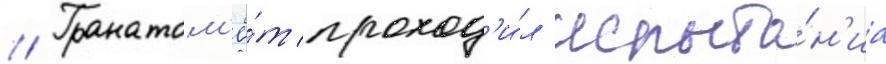
// Гранатом'ё́т проход'и́л испыта́н'иа